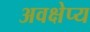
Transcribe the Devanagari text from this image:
अवक्षेप्य